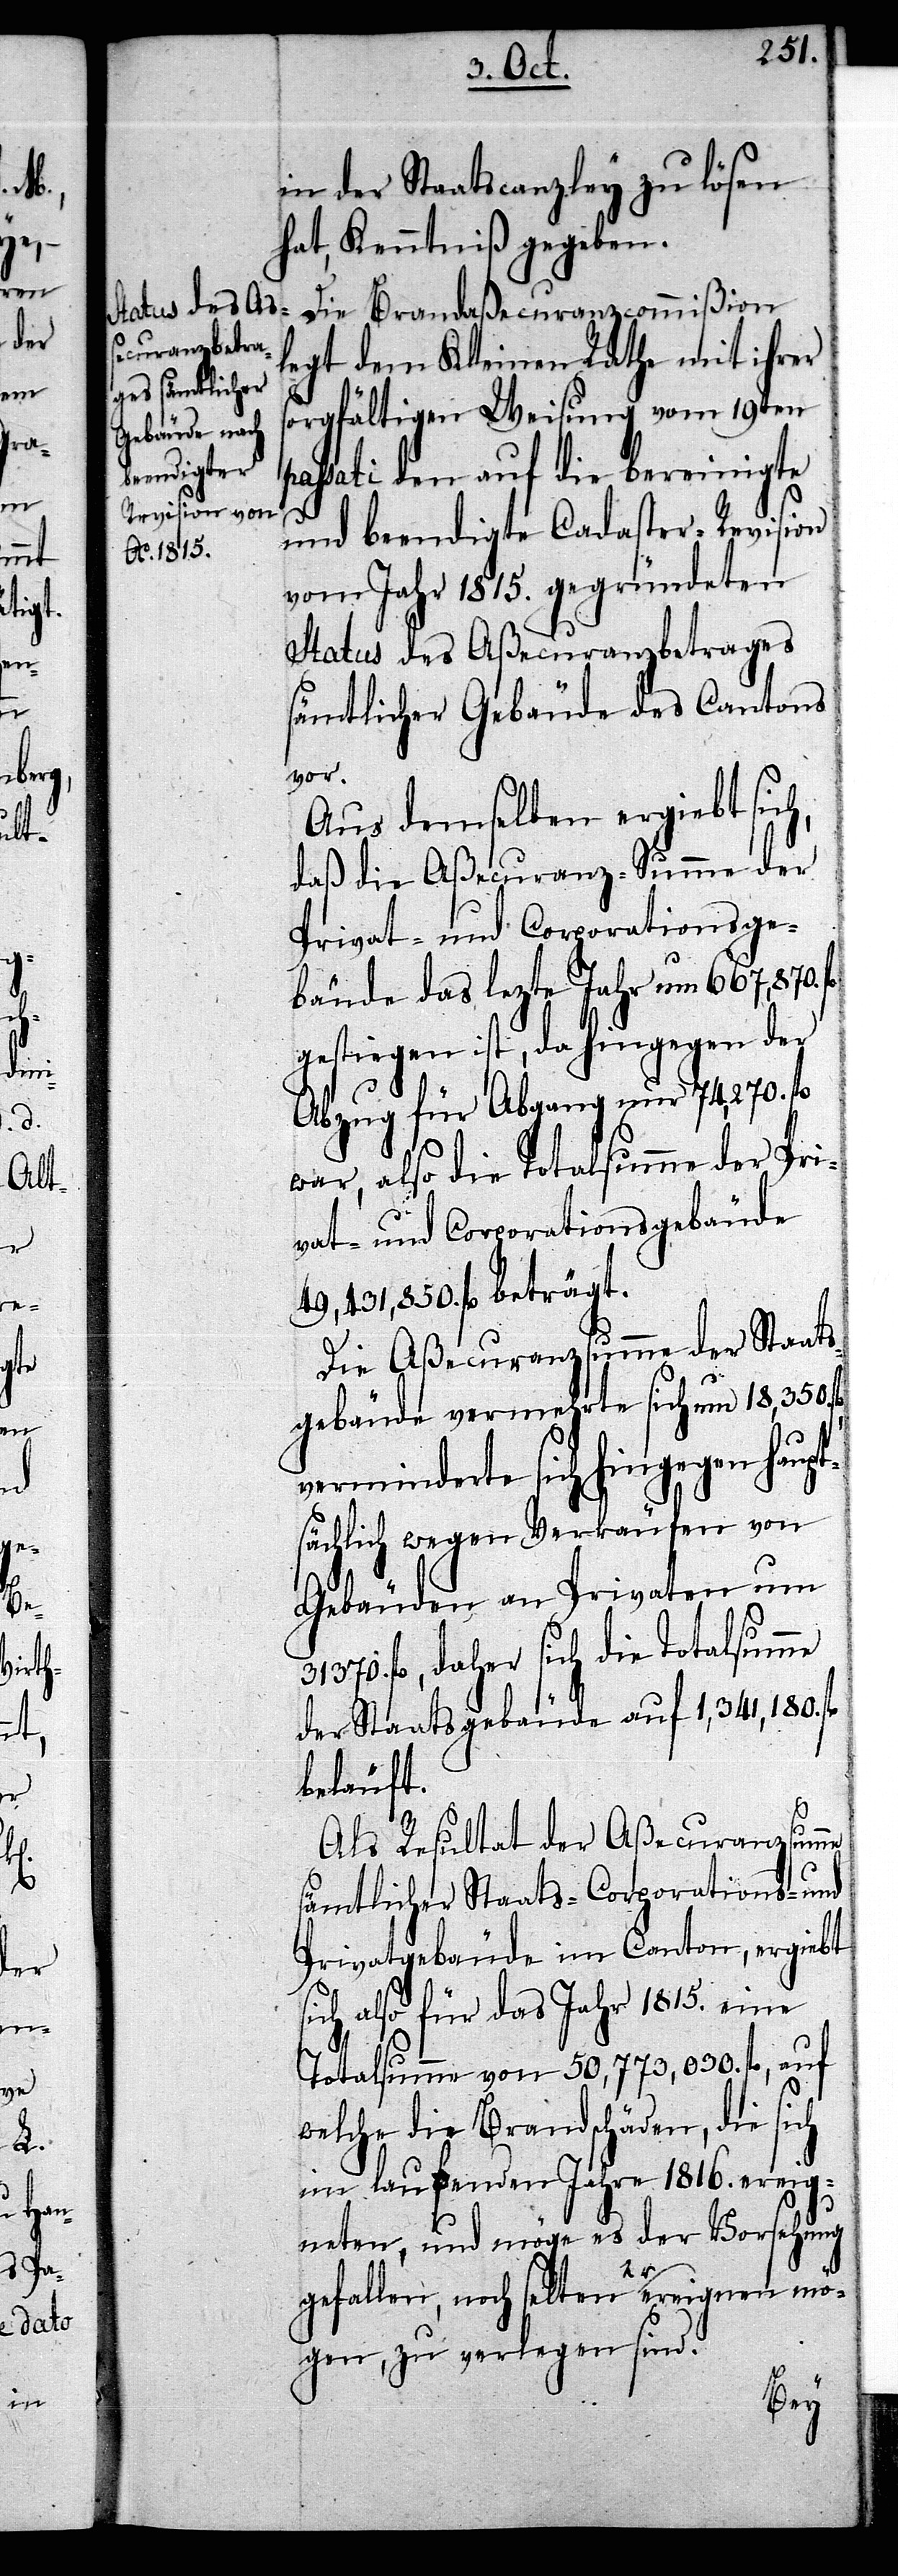
in der Staatscanzley zu lösen
hat, Kenntniß gegeben.
Die Brandaßecuranzcommißion
legt dem Kleinen Rathe mit ihrer
sorgfältigen Weisung vom 19ten
assati den auf die bereinigte
und beendigte Cadaster-Revision
vom Jahr 1815. gegründeten
Status des Aßecuranzbetrages
sämtlicher Gebäude des Cantons
vor.
Aus demselben ergiebt sich,
daß die Aßecuranz-Summe der
Privat- und Corporationsge¬
bäude das lezte Jahr um 667,870.
gestiegen ist, da hingegen der
Abzug für Abgang um 74,270. fl
war, also die Totalsumme der Pri¬
vat- und Corporationsgebäude
49,431,850. fl beträgt.
Die Aßecuranzsumme der Staats¬
gebäude vermehrte sich um 18,350.
verminderte sich hingegen haupt¬
sächlich wegen Verkäufen von
Gebäuden an Privaten um
31370. fl, daher sich die Totalsumme
der Staatsgebäude auf 1,341,180. fl
beläuft.
Als Resultat der Aßecuranzsumme
sämtlicher Staats- Corporations- und
Privatgebäude im Canton, ergiebt
sich also für das Jahr 1815. eine
Totalsumme von 50,773,030. fl, auf
welche die Brandschäden, die sich
im laufenden Jahre 1816. ereig¬
neten, und möge es der Vorsehung
p¬
gefallen, noch seltener ereignen mö¬
gen, zu verlegen sind.